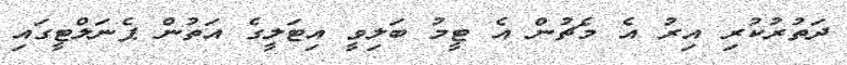
ދަތުރުކުރި އިރު އެ މެޗުން އެ ޓީމު ބަލިވީ އިޓަލީގެ އަތުން ޕެނަލްޓީގައި